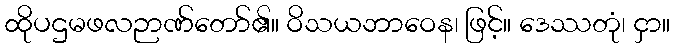
ထိုပဌမဖလဉာဏ်တော်၏။ ဝိသယဘာဝေန၊ ဖြင့်။ ဒေဿတုံ၊ ငှာ။